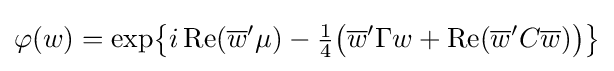
\varphi (w)=\exp \!{\big \{}i\operatorname {Re} ({\overline {w}}'\mu )-{\tfrac {1}{4}}{\big (}{\overline {w}}'\Gamma w+\operatorname {Re} ({\overline {w}}'C{\overline {w}}){\big )}{\big \}}